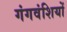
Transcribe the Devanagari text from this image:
गंगवंशियों